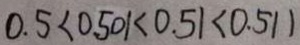
0 . 5 < 0 . 5 0 1 < 0 . 5 1 < 0 . 5 1 1